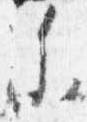
参